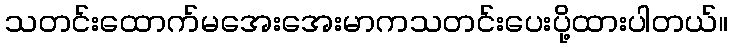
သတင်းထောက်မအေးအေးမာကသတင်းပေးပို့ထားပါတယ်။